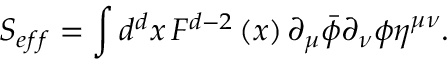
S _ { e f f } = \int d ^ { d } x \, F ^ { d - 2 } \left( x \right) \partial _ { \mu } \bar { \phi } \partial _ { \nu } \phi \eta ^ { \mu \nu } .